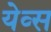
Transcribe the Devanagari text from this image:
येव्स